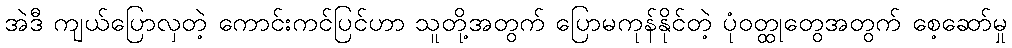
အဲဒီ ကျယ်ပြောလှတဲ့ ကောင်းကင်ပြင်ဟာ သူတို့အတွက် ပြောမကုန်နိုင်တဲ့ ပုံဝတ္ထုတွေအတွက် စေ့ဆော်မှု